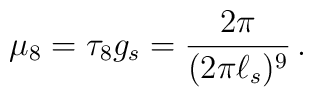
\mu_8= \tau_8 g_s = \frac{2 \pi}{(2\pi \ell_s)^9}\,.